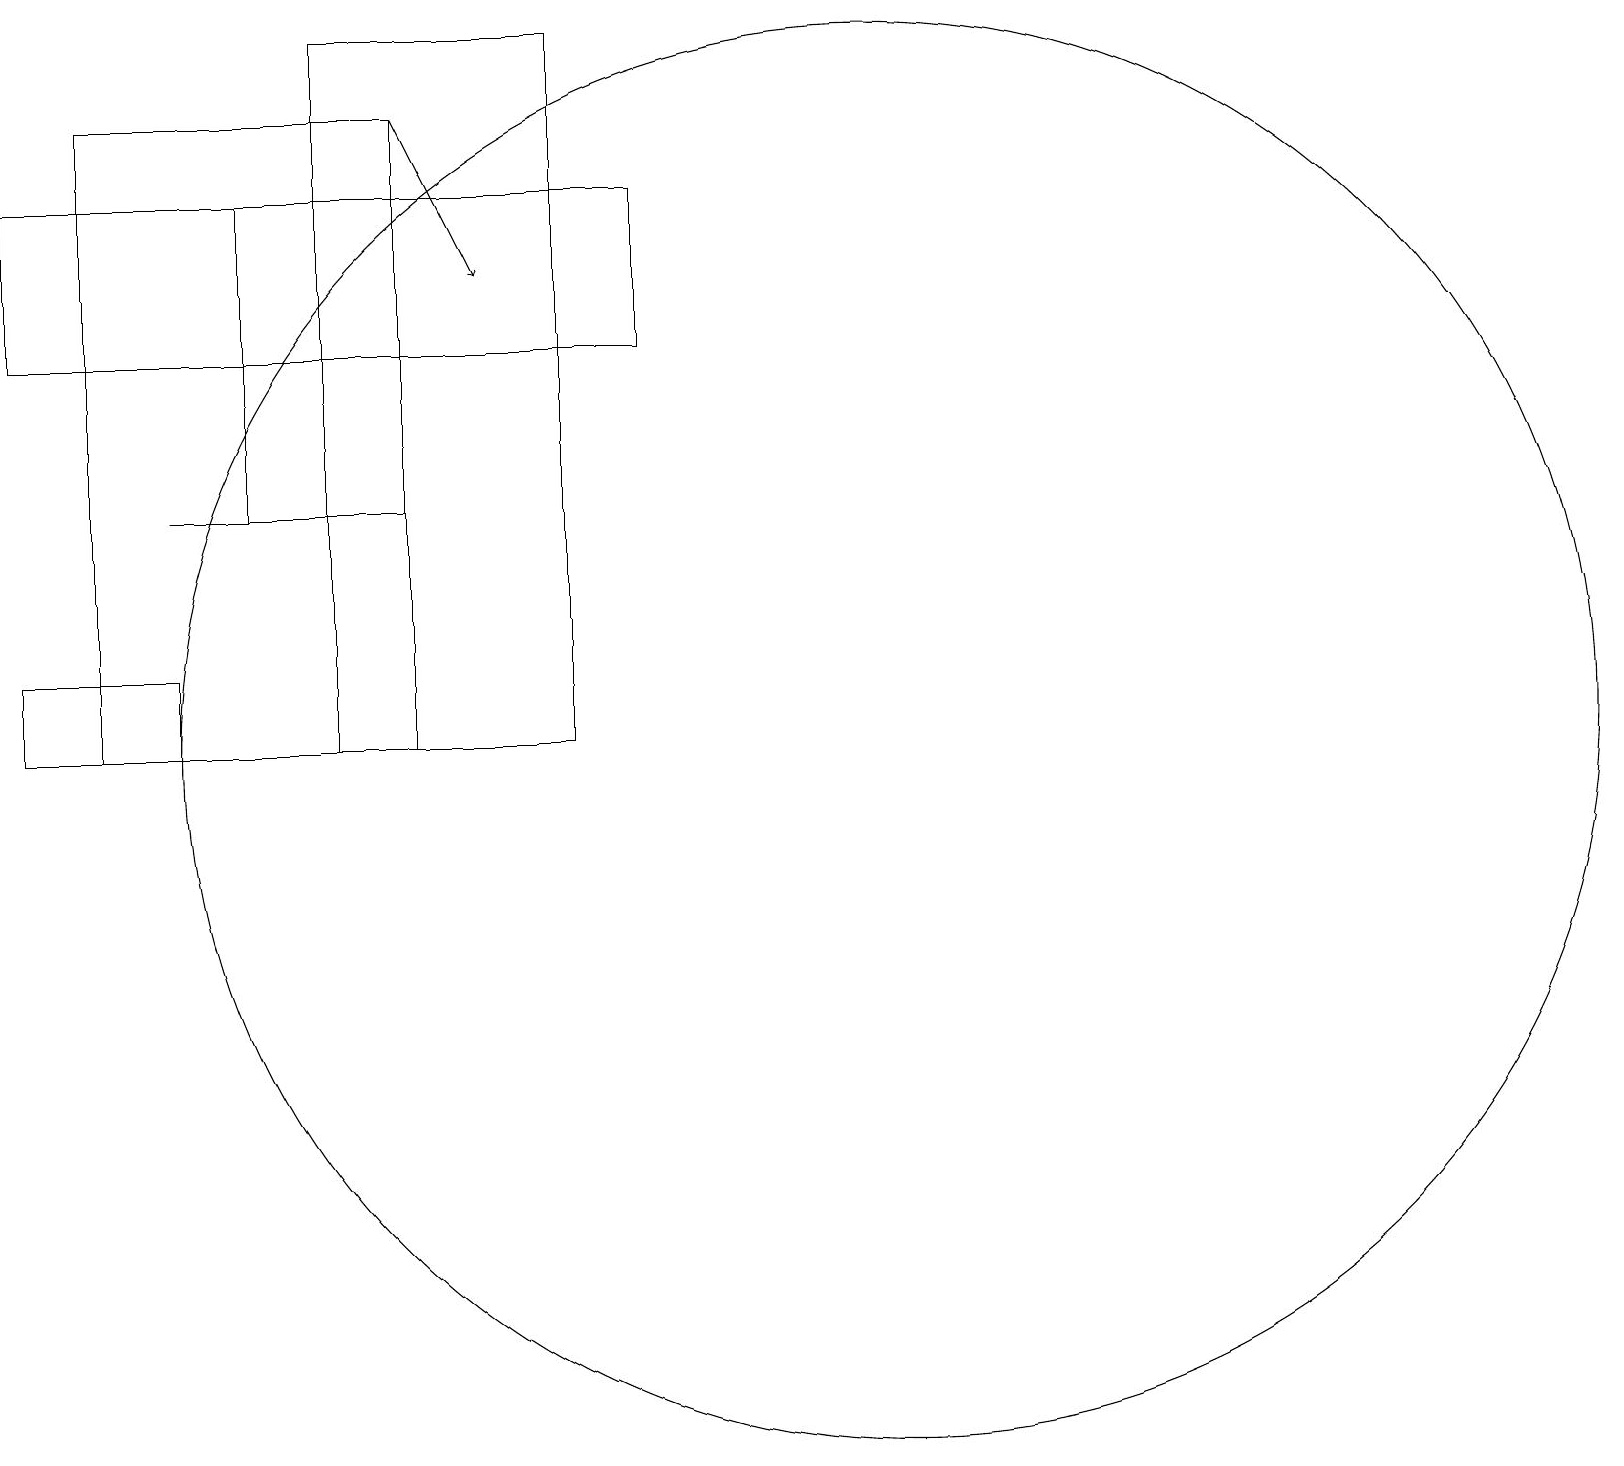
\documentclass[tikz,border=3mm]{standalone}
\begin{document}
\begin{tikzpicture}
\draw[->] (5,18) -- (6,16);
\draw (4,19) rectangle (7,10);
\draw (3,13) rectangle (4,17);
\draw (11,10) circle (9);
\draw (1,18) rectangle (5,10);
\draw (0,11) rectangle (2,10);
\draw (5,13) rectangle (2,13);
\draw (0,15) rectangle (8,17);
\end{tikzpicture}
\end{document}